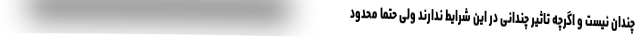
چندان نیست و اگرچه تاثیر چندانی در این شرایط ندارند ولی حتما محدود